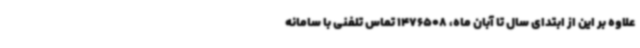
علاوه بر این از ابتدای سال تا آبان ماه، 1476508 تماس تلفنی با سامانه